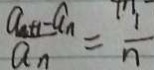
\frac { a _ { n + 1 } - a _ { n } } { a _ { n } } = \frac { 1 } { n }